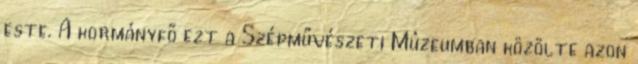
este. A kormányfő ezt a Szépművészeti Múzeumban közölte azon